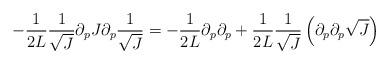
LaTeX: \begin{align*}- \frac{1}{2L} \frac{1}{\sqrt{J}} \partial_{p}J \partial_{p} \frac{1}{\sqrt{J}} = - \frac{1}{2L}\partial_p \partial_p +\frac{1}{2L} \frac{1}{\sqrt{J}}\left(\partial_p \partial_p \sqrt{J}\right)\end{align*}